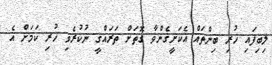
ލިބިފައި ހުރި ބިންތައް އެކަށީގެންވާ ގޮތަށް ތަރައްގީ ނުކުރެވި ހުރި ކަމަށް އެ